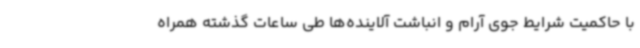
با حاکمیت شرایط جوی آرام و انباشت آلاینده‌ها طی ساعات گذشته همراه